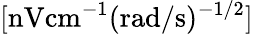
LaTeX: [\mathrm{nVcm^{-1}(rad/s)^{-1/2}}]